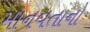
માનવતાનો